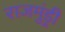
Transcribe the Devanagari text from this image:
राजमुंड्री